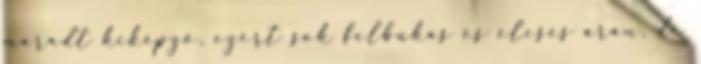
maradt kiképző, ezért sok felbukás és elesés árán, de